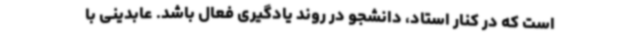
است که در کنار استاد، دانشجو در روند یادگیری فعال باشد. عابدینی با